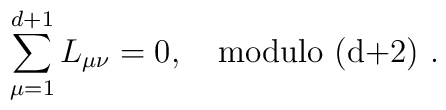
\sum_{\mu =1}^{d+1}L_{\mu \nu } =0,\quad \mbox {modulo (d+2) }.